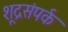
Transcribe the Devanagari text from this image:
शूद्रसंपर्क